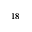
^ { 1 8 }